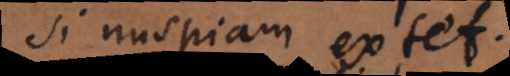
si nuspiam extet.